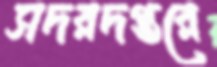
সদরদপ্তরে